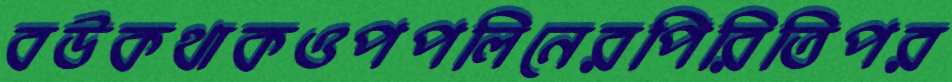
বউকথাকওপপলিনেরপিরিতিপর